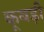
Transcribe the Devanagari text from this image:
कूबड़ी